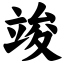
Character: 竣